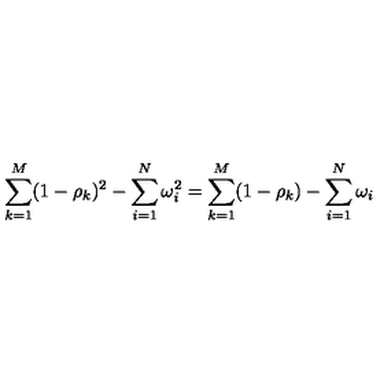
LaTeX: \sum _ { k = 1 } ^ { M } ( 1 - \rho _ { k } ) ^ { 2 } - \sum _ { i = 1 } ^ { N } \omega _ { i } ^ { 2 } = \sum _ { k = 1 } ^ { M } ( 1 - \rho _ { k } ) - \sum _ { i = 1 } ^ { N } \omega _ { i } \,